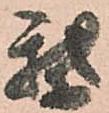
我